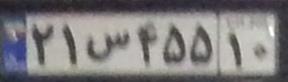
۲۱س۴۵۵۱۰